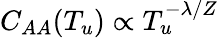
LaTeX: C_{AA}(T_{u})\propto T_{u}^{-\lambda/Z}